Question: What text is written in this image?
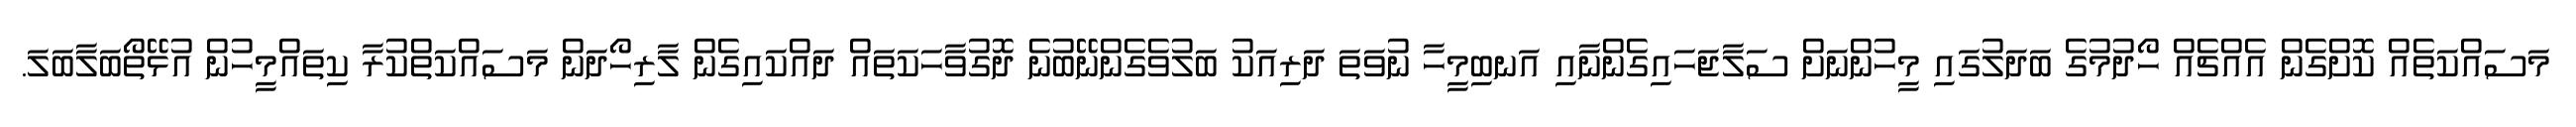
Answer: މަސައްކަތެއް ކޮށްގެން އެއްޗެއް ހޯދުމުގެ ބަދަލުގައި މީހުންނަށް ސަލާޖަހައިގެންނާއި އަނބިމީހާ ނުވަތަ ދަރިއަކު ބަލުވެގެންނޭބުނެ ދޮގުވާހަކަތައް ދައްކައިގެން ލާރިހޯދަން މަސައްކަތްކުރާ ކިތައްމީހުން އުޅޭތޯބަލާބަލަ.